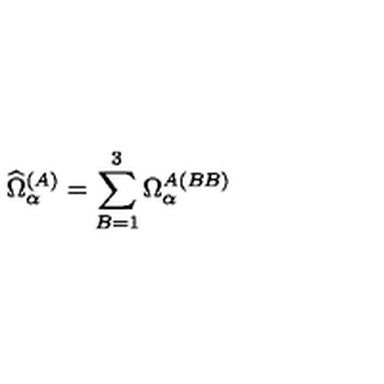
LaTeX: \widehat { \Omega } _ { \alpha } ^ { ( A ) } = \sum _ { B = 1 } ^ { 3 } \Omega _ { \alpha } ^ { A ( B B ) }